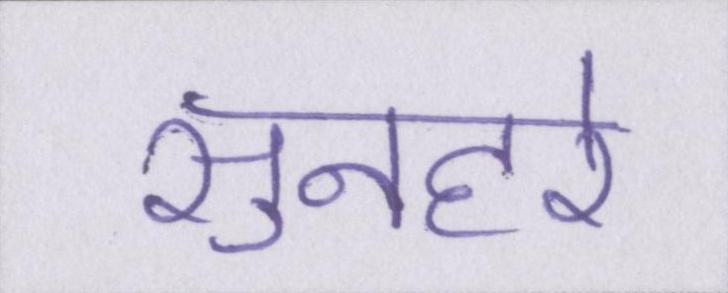
सुनहरे